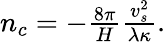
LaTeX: \begin{array}{r}{n_{c}=-\frac{8\pi}{H}\frac{v_{s}^{2}}{\lambda\kappa}.}\end{array}